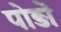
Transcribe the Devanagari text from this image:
पोड़ों